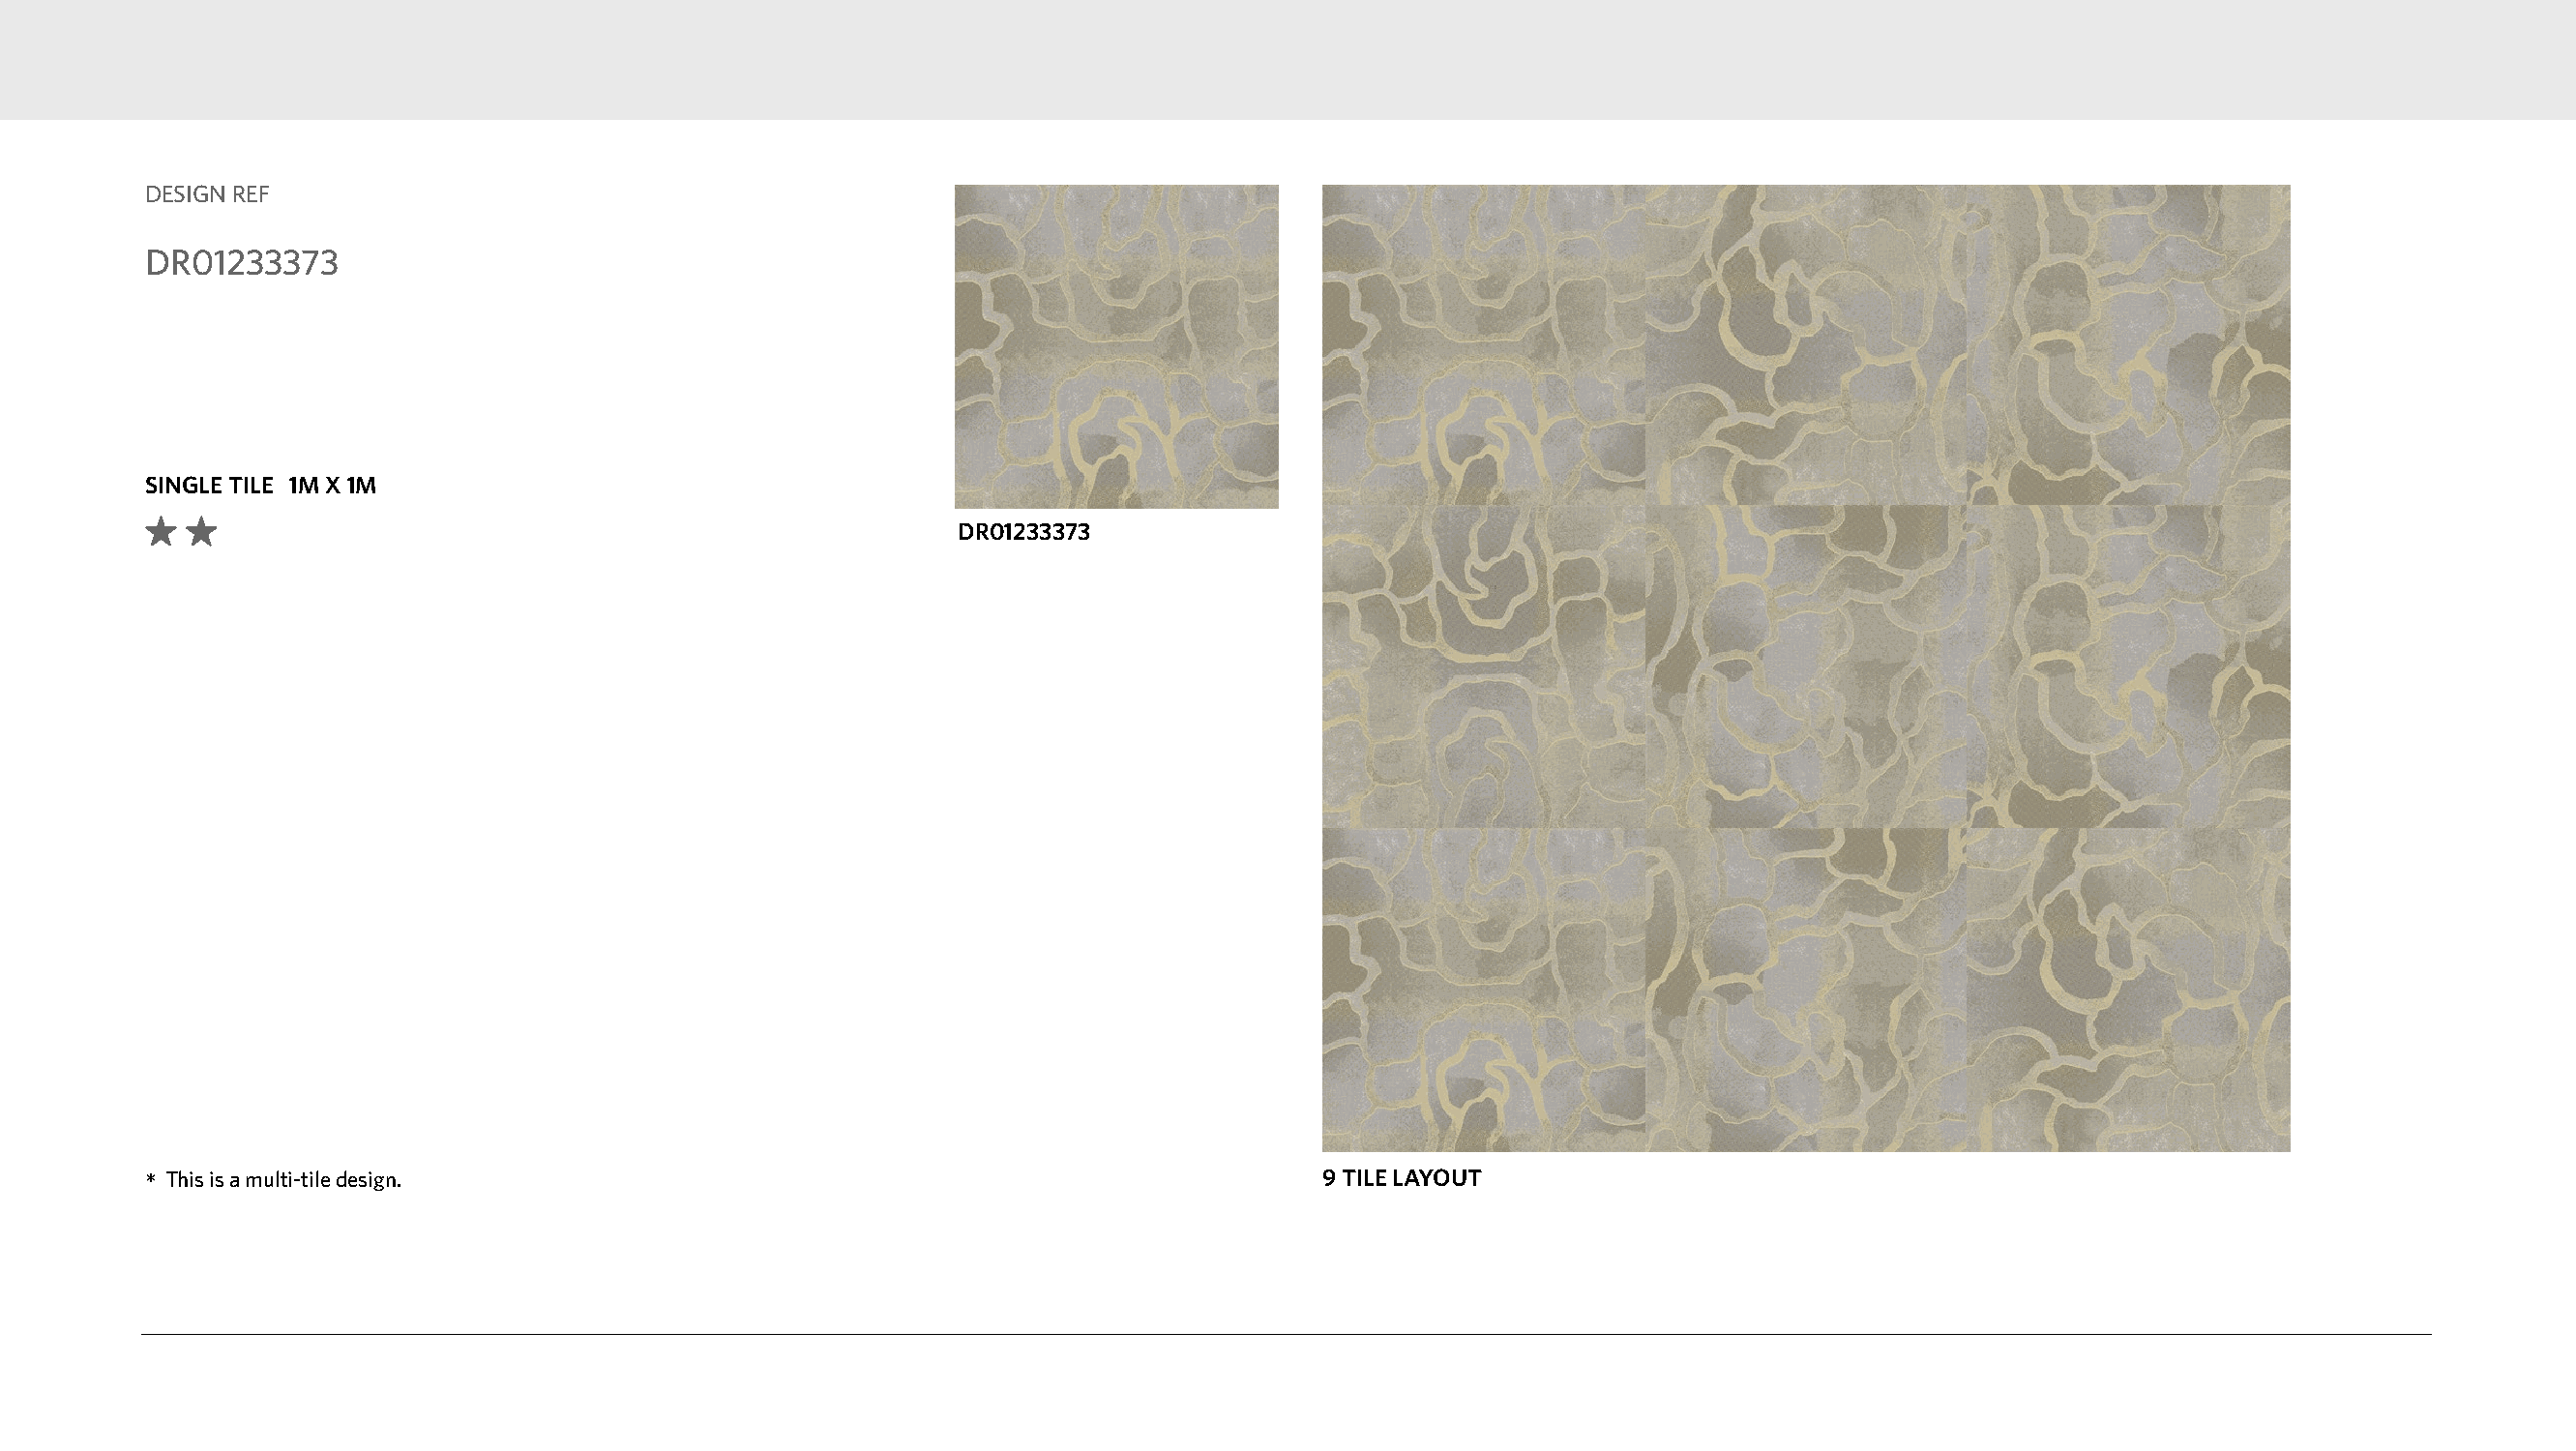
DESIGN REF
 DR01233373
 SINGLE TILE 1M X 1M
 DR01233373
 *This is a multi-tile design.                                                    9 TILE LAYOUT